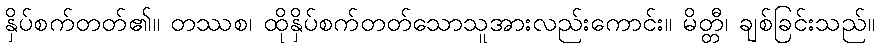
နှိပ်စက်တတ်၏။ တဿစ၊ ထိုနှိပ်စက်တတ်သောသူအားလည်းကောင်း။ မိတ္တီ၊ ချစ်ခြင်းသည်။